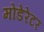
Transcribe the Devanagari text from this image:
मोडेरेटर